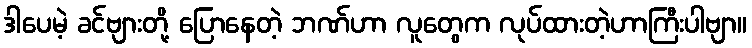
ဒါပေမဲ့ ခင်ဗျားတို့ ပြောနေတဲ့ ဘဏ်ဟာ လူတွေက လုပ်ထားတဲ့ဟာကြီးပါဗျာ။